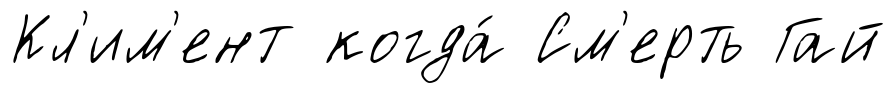
Кл'им'ент когда́ См'ерть Гай